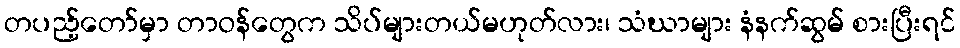
တပည့်တော်မှာ တာဝန်တွေက သိပ်များတယ်မဟုတ်လား၊ သံဃာများ နံနက်ဆွမ် စားပြီးရင်